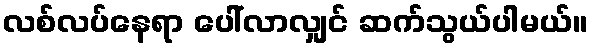
လစ်လပ်နေရာ ပေါ်လာလျှင် ဆက်သွယ်ပါမယ်။